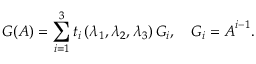
\boldsymbol { G } ( \boldsymbol { A } ) = \sum _ { i = 1 } ^ { 3 } t _ { i } \left( \lambda _ { 1 } , \lambda _ { 2 } , \lambda _ { 3 } \right) \boldsymbol { G } _ { i } , \quad \boldsymbol { G } _ { i } = \boldsymbol { A } ^ { i - 1 } .